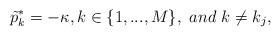
LaTeX: \begin{align*}\tilde p_k^*= - \kappa, k \in \{ 1, ..., M\}, \ and \ k \ne k_j, \end{align*}